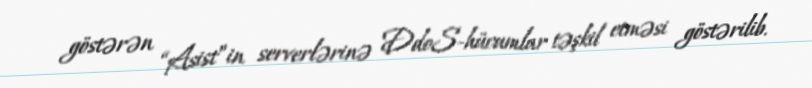
göstərən “Asist”in serverlərinə DdoS-hücumlar təşkil etməsi göstərilib.